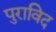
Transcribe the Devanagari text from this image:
पुराविद